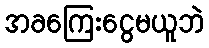
အခကြေးငွေမယူဘဲ